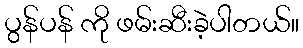
ပွန်ပန် ကို ဖမ်းဆီးခဲ့ပါတယ်။